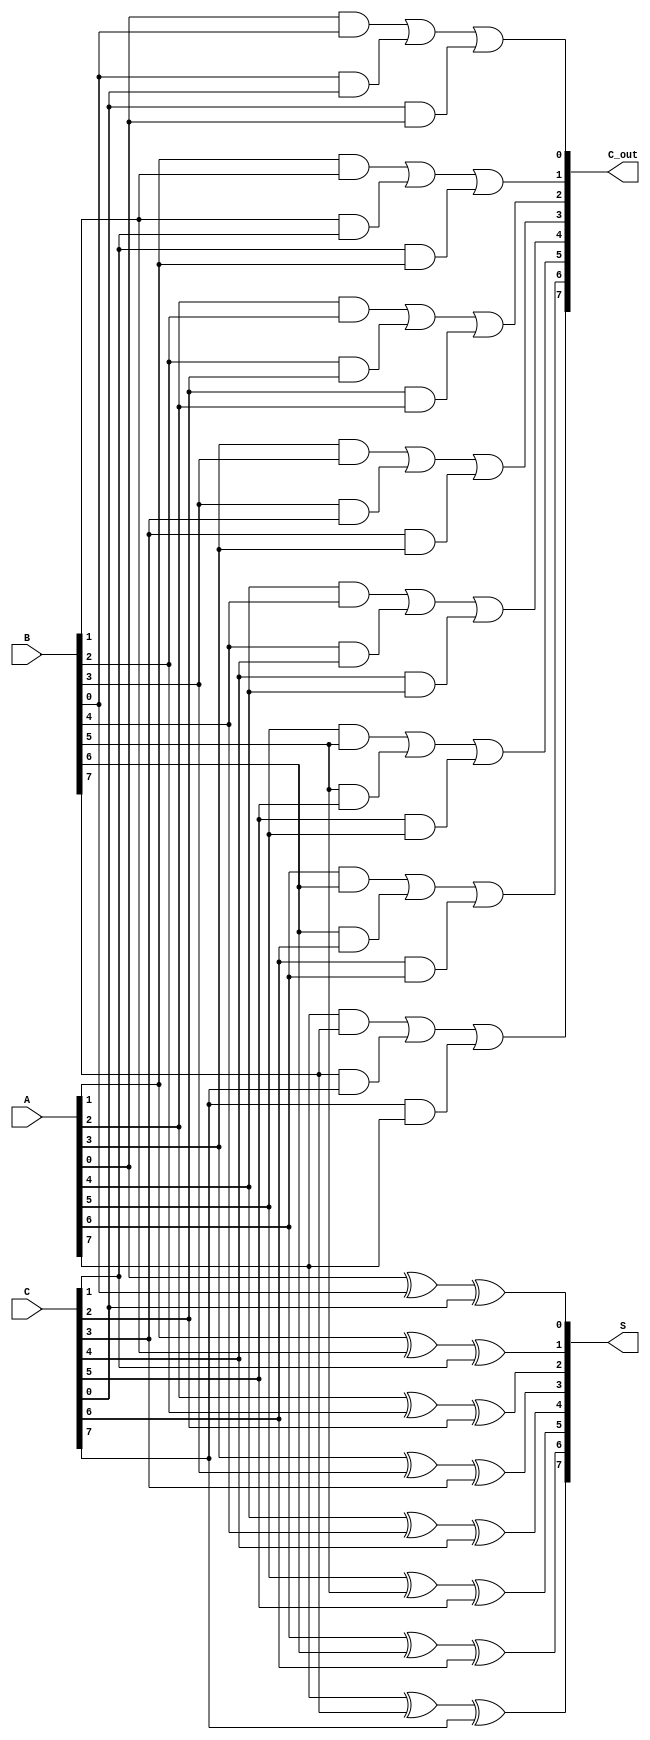
module CarrySaveAdder #(
    parameter N = 8  // Width of the inputs
)(
    input  [N-1:0] A,  // Input A
    input  [N-1:0] B,  // Input B
    input  [N-1:0] C,  // Input C
    output [N-1:0] S,  // Sum output
    output [N-1:0] C_out // Carry output
);

    // Intermediate sum and carry arrays
    wire [N-1:0] sum;
    wire [N-1:0] carry;

    // Generate full adders for each bit position
    genvar i;
    generate
        for (i = 0; i < N; i = i + 1) begin : FA_GEN
            // Full adder takes three inputs: A[i], B[i], and C[i]
            assign sum[i] = A[i] ^ B[i] ^ C[i];  // Sum bit (XOR)
            assign carry[i] = (A[i] & B[i]) | (B[i] & C[i]) | (C[i] & A[i]); // Carry bit (AND/OR)
        end
    endgenerate

    // Assign the outputs
    assign S = sum;    // The sum output from the CSA
    assign C_out = carry; // The carry output

endmodule